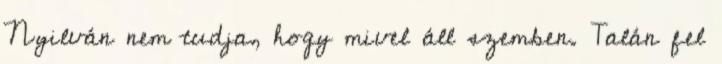
Nyilván nem tudja, hogy mivel áll szemben. Talán fel